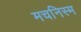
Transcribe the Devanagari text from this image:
मचनिस्म